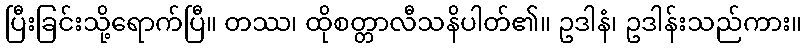
ပြီးခြင်းသို့ရောက်ပြီ။ တဿ၊ ထိုစတ္တာလီသနိပါတ်၏။ ဥဒါနံ၊ ဥဒါန်းသည်ကား။